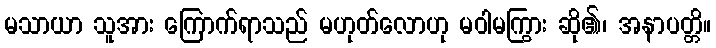
မသာယာ သူအား ကြောက်ရာသည် မဟုတ်လောဟု မဝါမကြွား ဆို၏၊ အနာပတ္တိ။